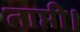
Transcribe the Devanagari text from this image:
ताप्ती।